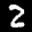
Digit: 2